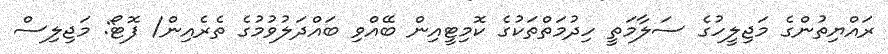
ރައްޔިތުންގެ މަޖިލީހުގެ ސަލާމަތީ ހިދުމަތްތަކުގެ ކޮމިޓީއިން ބޭއްވި ބައްދަލުވުމުގެ ތެރެއިން/ ފޮޓޯ: މަޖިލިސް